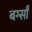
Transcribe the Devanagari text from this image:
बर्ग्साँ